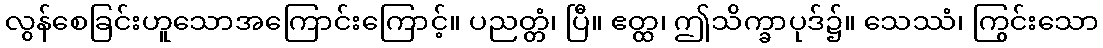
လွန်စေခြင်းဟူသောအကြောင်းကြောင့်။ ပညတ္တံ၊ ပြီ။ ဧတ္ထ၊ ဤသိက္ခာပုဒ်၌။ သေဿံ၊ ကြွင်းသော